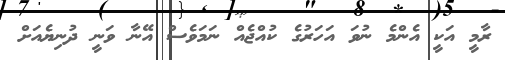
ރާމީ އަކީ އެންމެ ނުވަ އަހަރުގެ ކުއްޖެއް ނަމަވެސް އޭނާ ވަނީ ދުނިޔެއަށް